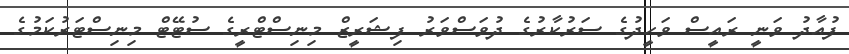
ފުއާދު ވަނީ ރައީސް ވަހީދުގެ ސަރުކާރުގެ ދުވަސްވަރު ފިޝަރީޒް މިނިސްޓްރީގެ ސުޓޭޓް މިނިސްޓަރުކަމުގެ